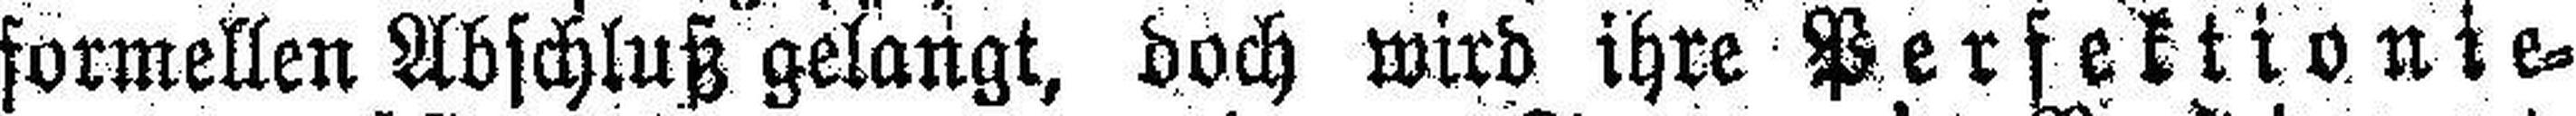
formellen Abschluß gelangt, doch wird ihre Perfektionie¬